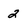
Character: 2